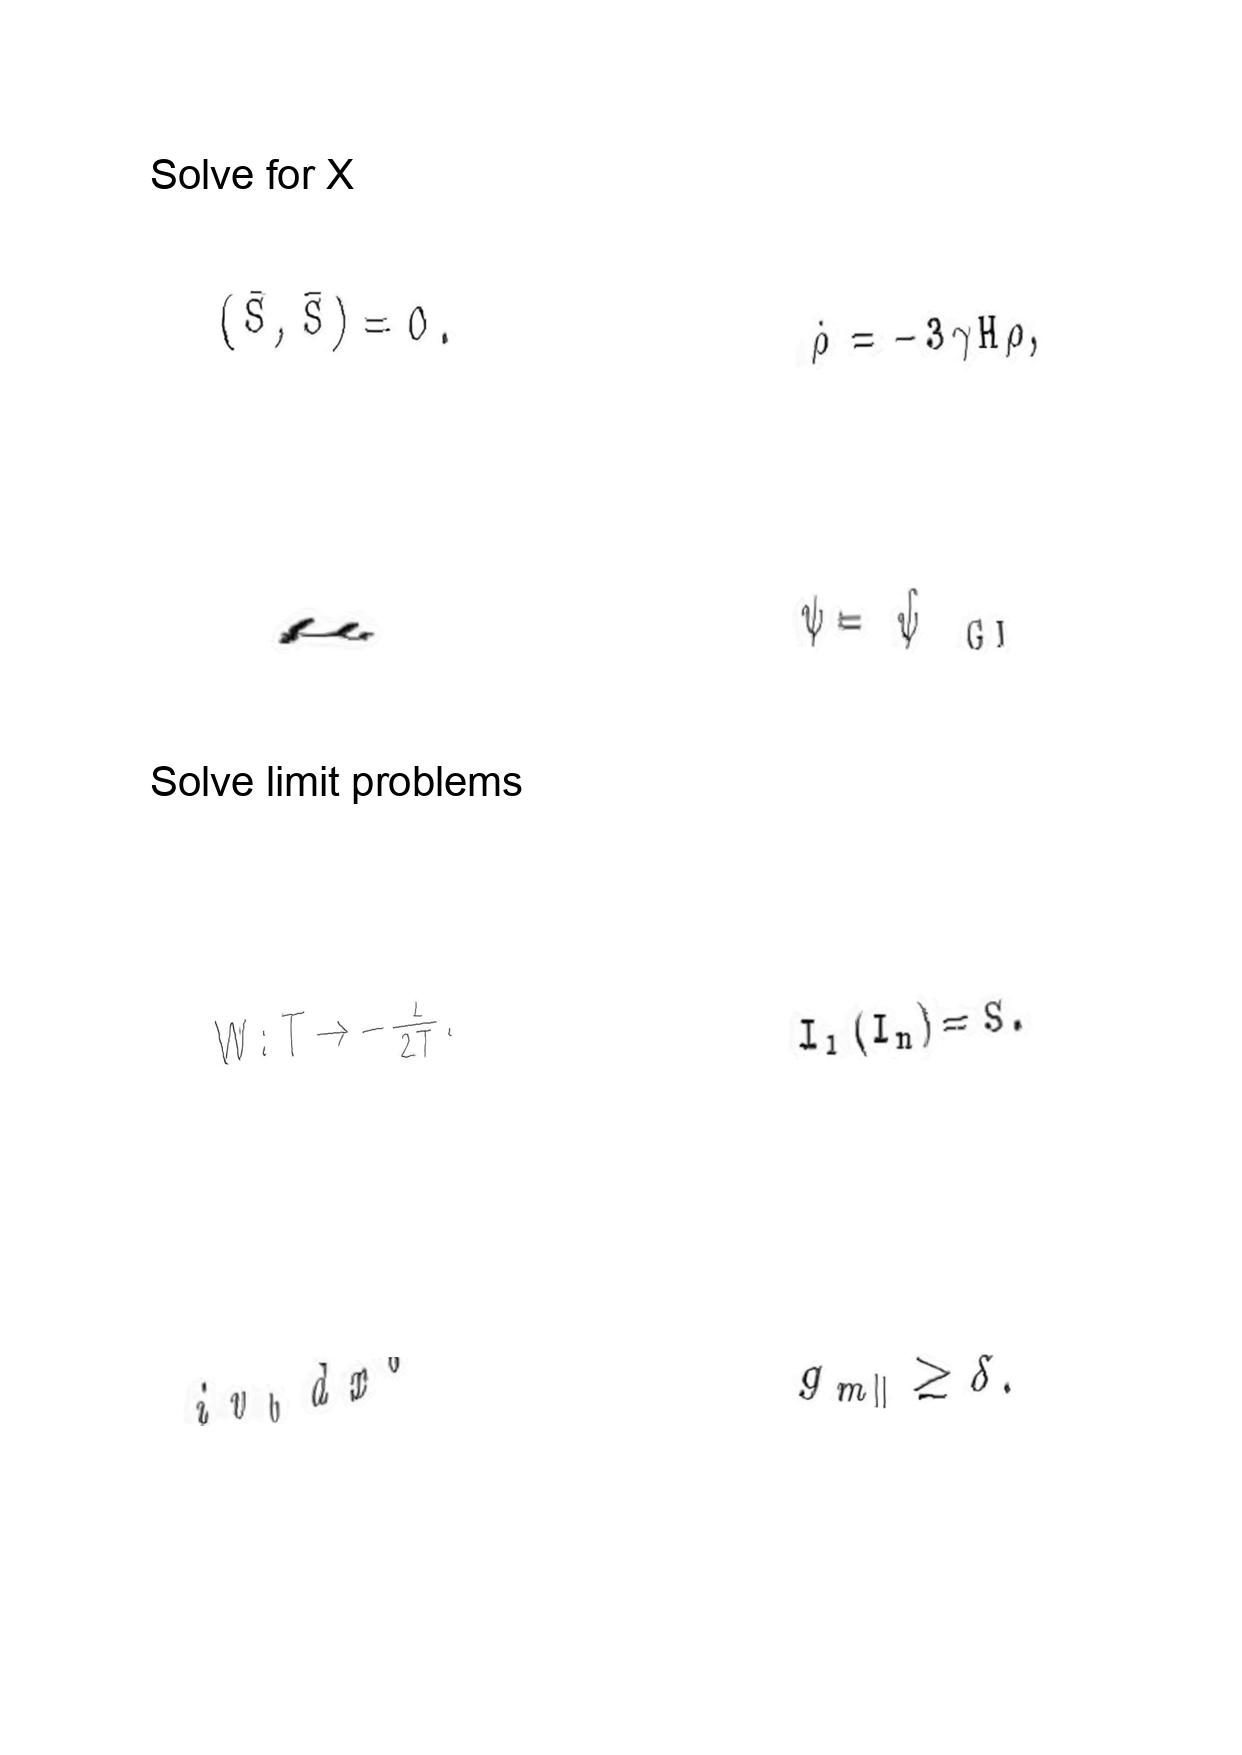
LaTeX transcription:
\lparen \bar { S } , \bar { S } \rparen = 0 .
\mu
W : T \rightarrow - \frac { 1 } { 2 T } .
i v _ { b } d x ^ { b }
\dot { \rho } = - 3 \gamma H \rho ,
\psi = \hat { \psi } _ { \mathrm { \space G I } }
I _ { l } \lparen I _ { n } \rparen = S .
g _ { m \parallel } \geq \delta .